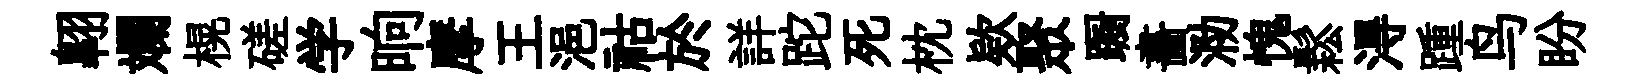
翺斕榥磋学晌摩王浥祜於詳跎死枕欵聚蹰畵泐愧鬆淂踵鸟盼